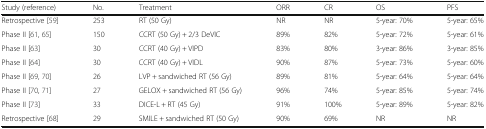
| Study (reference) | No. | Treatment | ORR | CR | OS | PFS |
 | --- | --- | --- | --- | --- | --- | --- |
 | Retrospective [59] | 253 | RT (50 Gy) | NR | NR | 5-year: 70% | 5-year: 65% |
 | Phase II [61, 65] | 150 | CCRT (50 Gy) + 2/3 DeVIC | 89% | 82% | 5-year: 72% | 5-year: 61% |
 | Phase II [63] | 30 | CCRT (40 Gy) + VIPD | 83% | 80% | 3-year: 86% | 3-year: 85% |
 | Phase II [64] | 30 | CCRT (40 Gy) + VIDL | 90% | 87% | 5-year: 73% | 5-year: 60% |
 | Phase II [69, 70] | 26 | LVP + sandwiched RT (56 Gy) | 89% | 81% | 5-year: 64% | 5-year: 64% |
 | Phase II [70, 71] | 27 | GELOX + sandwiched RT (56 Gy) | 96% | 74% | 5-year: 85% | 5-year: 74% |
 | Phase II [73] | 33 | DICE-L + RT (45 Gy) | 91% | 100% | 5-year: 89% | 5-year: 82% |
 | Retrospective [68] | 29 | SMILE + sandwiched RT (50 Gy) | 90% | 69% | NR | NR |